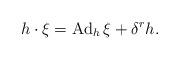
LaTeX: \begin{align*}h\cdot \xi=\operatorname{Ad}_h\xi+\delta^rh.\end{align*}